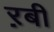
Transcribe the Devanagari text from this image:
ऱबी